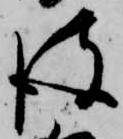
彼